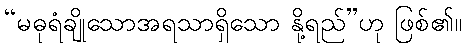
“မဓုရံချိုသောအရသာရှိသော နို့ရည်”ဟု ဖြစ်၏။